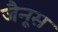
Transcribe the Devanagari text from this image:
जैनूस